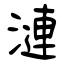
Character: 漣